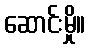
ဆောင်းမှို။